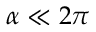
\alpha \ll 2 \pi